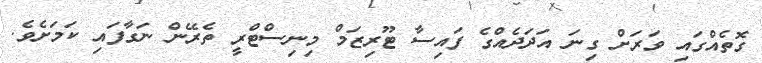
ގޮތެއްގައި ވަރަށް ގިނަ އަދަދެއްގެ ފައިސާ ޓޫރިޒަމް މިނިސްޓްރީ ތެރޭން ނަގާފައި ކަމަށެވެ.